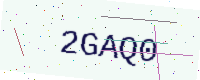
Text: 2GAQ0